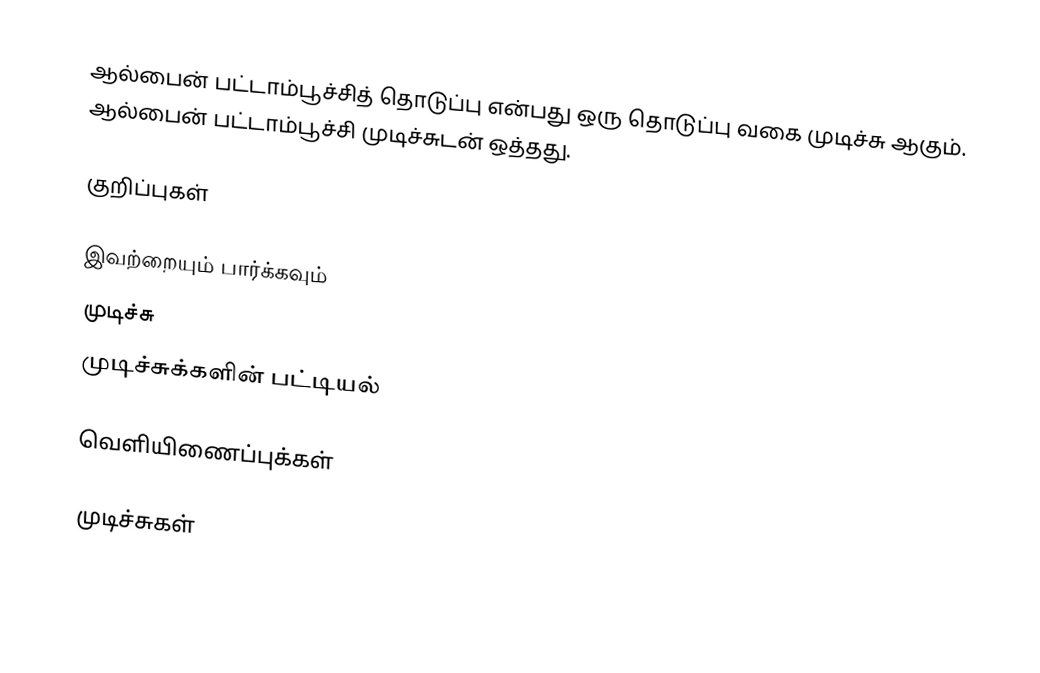
ஆல்பைன் பட்டாம்பூச்சித் தொடுப்பு என்பது ஒரு தொடுப்பு வகை முடிச்சு ஆகும். ஆல்பைன் பட்டாம்பூச்சி முடிச்சுடன் ஒத்தது.

குறிப்புகள்

இவற்றையும் பார்க்கவும்
 முடிச்சு
 முடிச்சுக்களின் பட்டியல்

வெளியிணைப்புக்கள்

முடிச்சுகள்